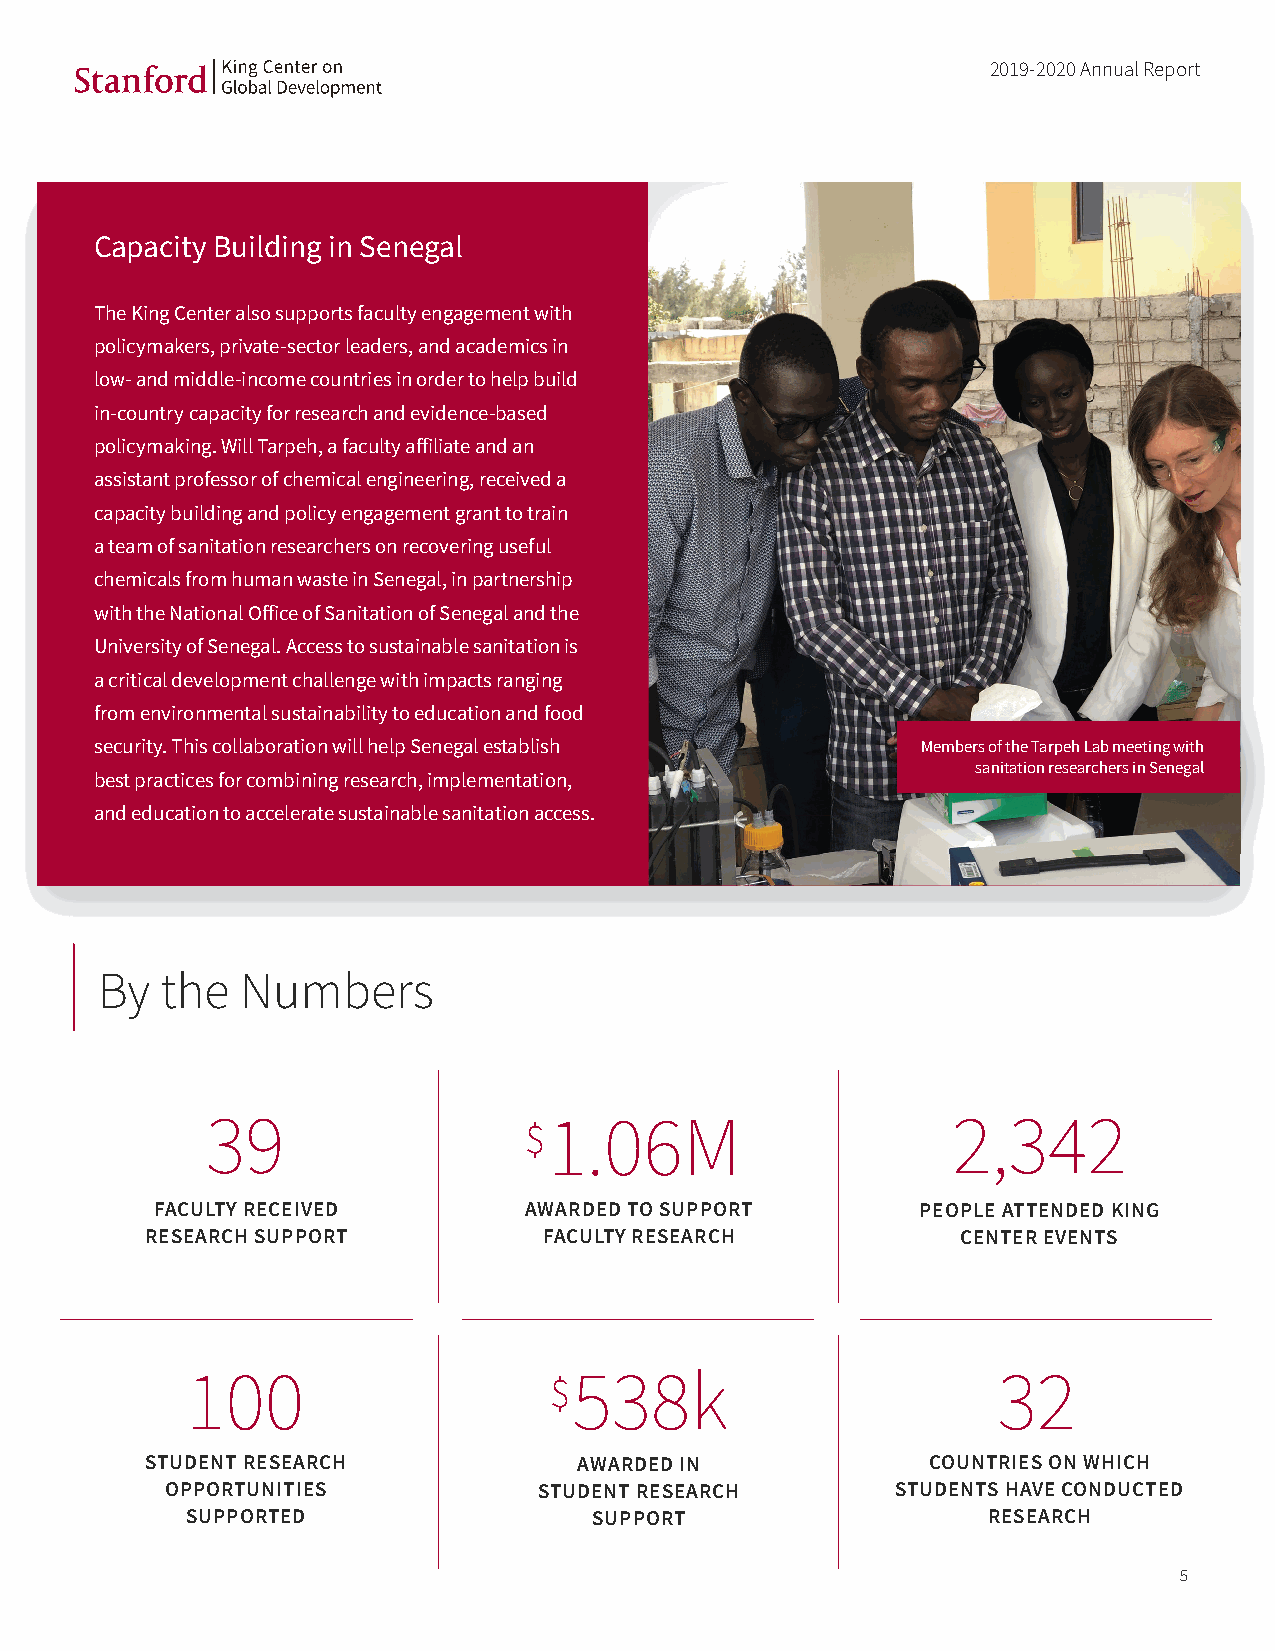
2019-2020 Annual Report
 Capacity Building in Senegal
 The King Center also supports faculty engagement with
 policymakers, private-sector leaders, and academics in
 low- and middle-income countries in order to help build
 in-country capacity for research and evidence-based
 policymaking. Will Tarpeh, a faculty aff iliate and an
 assistant professor of chemical engineering, received a
 capacity building and policy engagement grant to train
 a team of sanitation researchers on recovering useful
 chemicals from human waste in Senegal, in partnership
 with the National Off ice of Sanitation of Senegal and the
 University of Senegal. Access to sustainable sanitation is
 a critical development challenge with impacts ranging
 from environmental sustainability to education and food
 security. This collaboration will help Senegal establish Members of the Tarpeh Lab meeting with
 sanitation researchers in Senegal
 best practices for combining research, implementation,
 and education to accelerate sustainable sanitation access.
 By   the  Numbers
 39                    1.06M                      2,342
 $
 FACULTY RECEIVED         AWARDED TO SUPPORT        PEOPLE ATTENDED KING
 RESEARCH SUPPORT          FACULTY RESEARCH            CENTER EVENTS
 100                       538k                        32
 $
 STUDENT RESEARCH            AWARDED IN              COUNTRIES ON WHICH
 OPPORTUNITIES            STUDENT RESEARCH       STUDENTS HAVE CONDUCTED
 SUPPORTED                  SUPPORT                   RESEARCH
 5